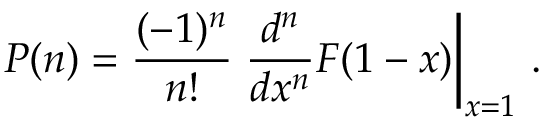
P ( n ) = \frac { ( - 1 ) ^ { n } } { n ! } \left. \frac { d ^ { n } } { d x ^ { n } } F ( 1 - x ) \right| _ { x = 1 } \, .